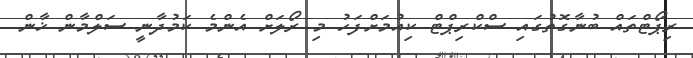
ރިޕޯޓްތައް ބުނާގޮތުގައި ސްކްރިޕްޓް ކިއުމަށްފަހު މި ރޯލަށް އެންމެ ކަމުދާނީ ސަލްމާން ޚާން